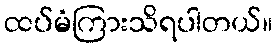
ထပ်မံကြားသိရပါတယ်။